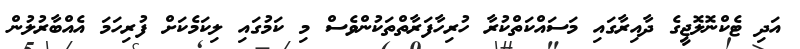
އަދި ޓެކްނޮލޮޖީގެ ދާއިރާގައި މަސައްކަތްކުރާ ހުރިހާފަރާތްތަކުންވެސް މި ކަމުގައި ލިކަމެކަށް ފުރިހަމަ އެއްބާރުލުން